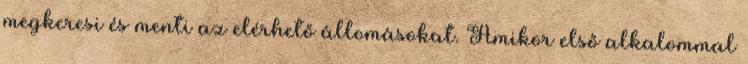
megkeresi és menti az elérhető állomásokat. Amikor első alkalommal